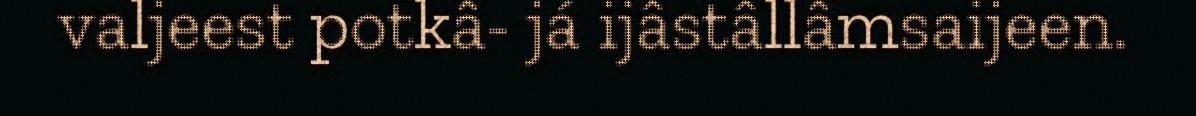
valjeest potkâ- já ijâstâllâmsaijeen.